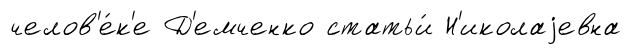
челов'е́к'е Д'емченко статьи́ Н'иколаjевна